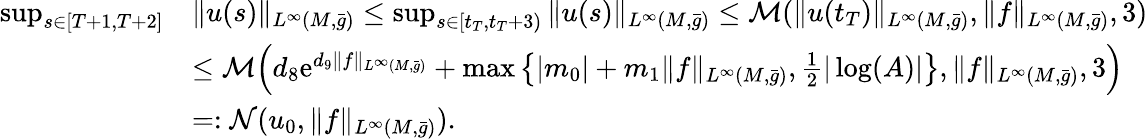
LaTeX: \begin{array}{rl}{\operatorname*{sup}_{s\in[T+1,T+2]}}&{\| u(s)\| _{L^{\infty}(M,\bar{g})}\le\operatorname*{sup}_{s\in[t_{T},t_{T}+3)}\| u(s)\| _{L^{\infty}(M,\bar{g})}\le\mathcal{M}(\| u(t_{T})\| _{L^{\infty}(M,\bar{g})},\| f\| _{L^{\infty}(M,\bar{g})},3)}\\ &{\le\mathcal{M}\Bigl(d_{8}\mathrm{e}^{d_{9}\| f\| _{L^{\infty}(M,\bar{g})}}+\operatorname*{max}\left\{ |m_{0}|+m_{1}\| f\| _{L^{\infty}(M,\bar{g})},\frac 12|\log(A)|\right\} ,\| f\| _{L^{\infty}(M,\bar{g})},3\Bigr)}\\ &{=:\mathcal{N}(u_{0},\| f\| _{L^{\infty}(M,\bar{g})}).}\end{array}